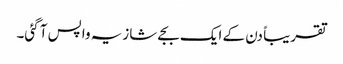
تقریباً دن کے ایک بجے شازیہ واپس آ گئی۔